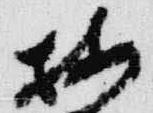
按